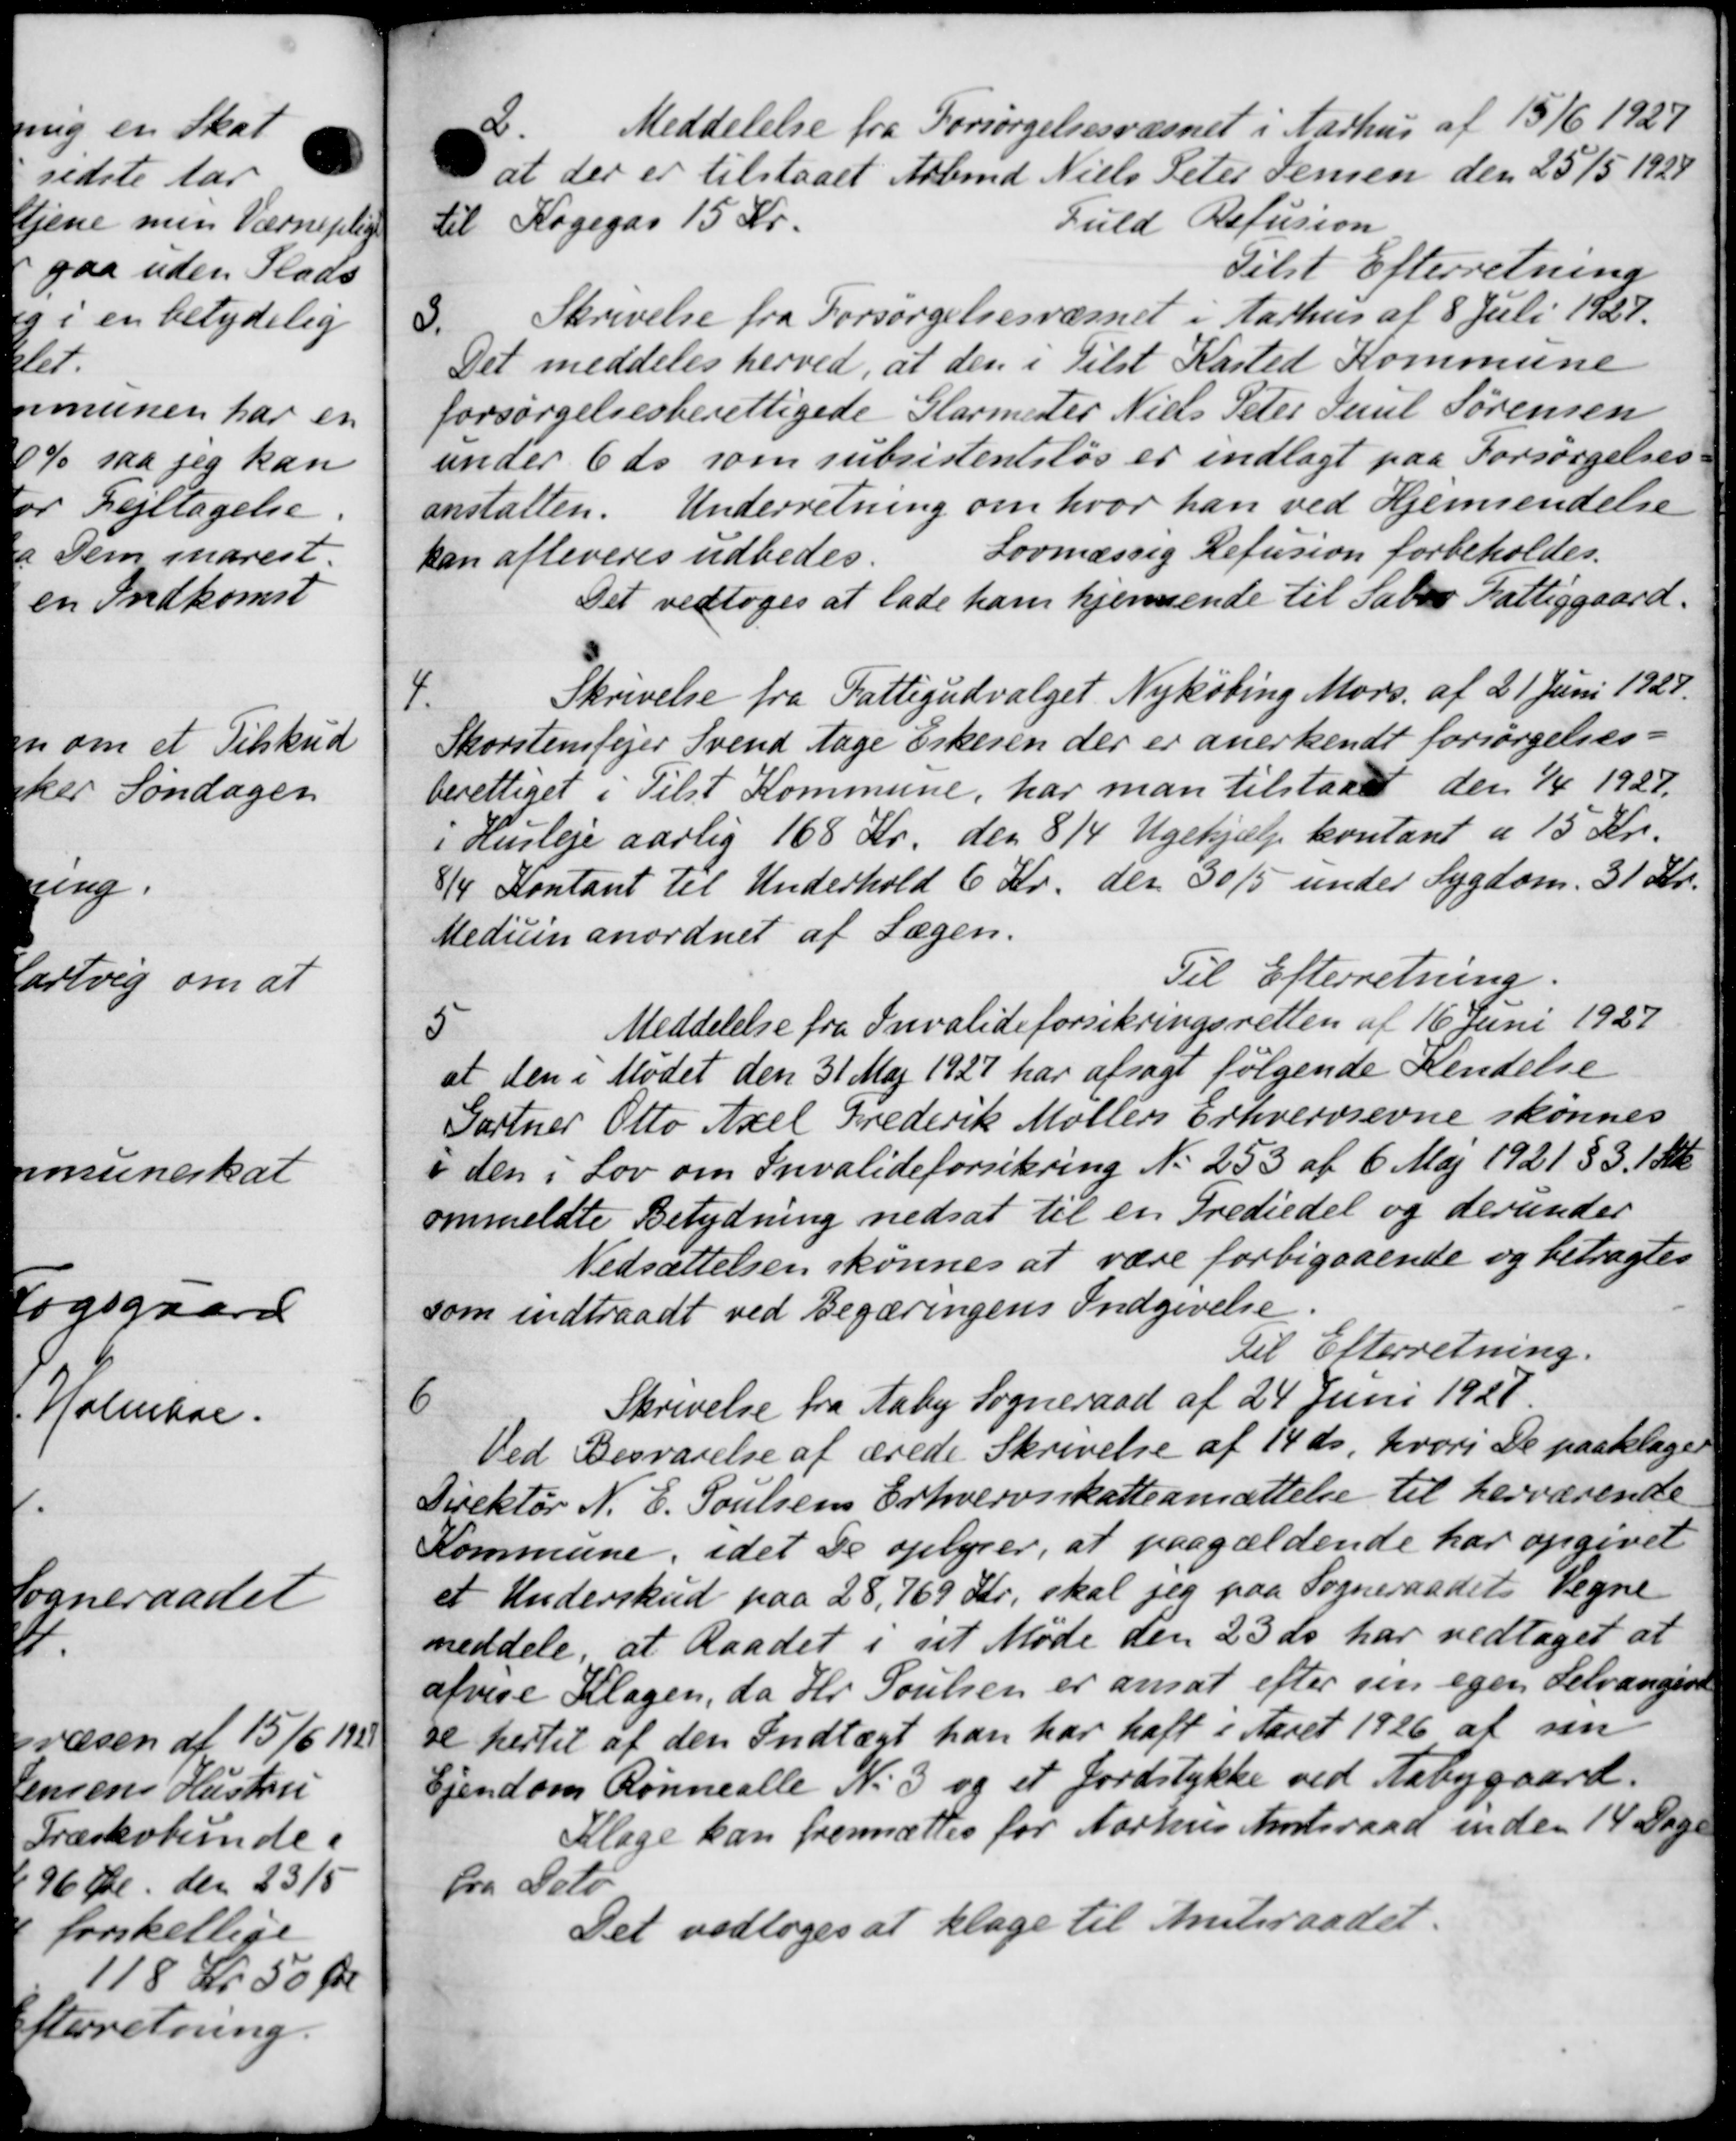
Transskription:
2.
Meddelelse fra Forsørgelsesvæsnet i Aarhus af 15/6 1927
at der er tilstaaet Arbmd. Niels Peter Jensen den 25/5 1928
til Kogegas 15 Kr.
Fuld Refusion
Tilst Efterretning
3.
Skrivelse fra Forsørgelsesvæsnet i Aarhus af 8 Juli 1927.
Det meddeles herved, at den i Tilst Kasted Kommune
forsørgelsesberettigede Glarmester Niels Peter Juul Sørensen
under 6 ds som subsistentsløs er indlagt paa Forsørgelses-
anstalten. Underretning om hvor han ved Hjemsendelse
Lovmæssig Refusion forbeholdes.
an afleveres udbedes.
Det vedtoges at lade ham hjemsende til Sabro Fattiggaard.
4
Skrivelse fra Fattigudvalget Nykøbing Mors. af 21 Juni 1927.
korstensfejer Svend tage Erkesen der er anerkendt forsørgelses-
rettiget i Tilst Kommune, har man tilstaaet den 1/4 1927.
Husleje aarlig 168 Kr. den 8/4 Ugehjælp kontant a 15 Kr.
 Kontant til Underhold 6 Kr. der 30/5 under Sygdom. 31 Kr.
reduin anordnet af Lægen.
Til Efterretning.
5
Meddelelse fra Invalideforsikringsretten af 16 Juni 1927
at den i Mødet den 31 Maj 1927 har afsagt følgende Kendelse
Gartner Otto Axel Frederik Møllers Erhvervsevne skønnes
den i Lov om Invalideforsikring No 253 af 6 Maj 1921 § 3. 1 Stk.
ommeldte Betydning nedsat til en Trediedel og derunder
Nedsættelsen skønnes at være forbigaaende og betragtes
om indtraadt ved Begæringens Indgivelse
Til Efterretning.
6
Skrivelse fra Aaby Sogneraad af 24 Juni 1927.
Ved Besvarelse af ærede Skrivelse af 14 ds, hvori De paaklager
Direktør N. E. Poulsens Erhvervsskatteansættelse til herværende
Kommune, idet de oplyser, at paagældende har opgivet
et Underskud paa 28,769 Kr, skal jeg paa Sogneraadets Vegne
meddele, at Raadet i sit Møde den 23 ds. har vedtaget at
afvise Klagen, da Hr. Poulsen er ansat efter sin egen Selvangive
se hertil af den Indtægt han har haft i Aaret 1926 af sin
Ejendom Rønnealle No 3 og et Jordstykke ved Aabygaard.
Klage kan fremsættes for Aarhus Amtsraad inden 14 Dage
fra Dato
Det vedtoges at klage til Amtsraadet.